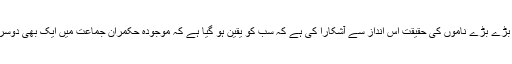
حکومت کی ایک سال کی کارکردگی نے پاکستان تحریک انصاف کے بڑے بڑے ناموں کی حقیقت اس انداز سے آشکارا کی ہے کہ سب کو یقین ہو گیا ہے کہ موجودہ حُکمران جماعت میں ایک بھی دوسرا عمران خان تو دُور کی بات ہے کوئی اُس کے قریب بھی نہیں پہنچتا۔